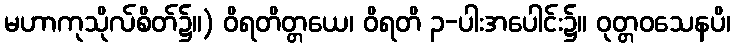
မဟာကုသိုလ်စိတ်၌။) ဝိရတိတ္တယေ၊ ဝိရတိ ၃-ပါးအပေါင်း၌။ ဝုတ္တဝသေနပိ၊